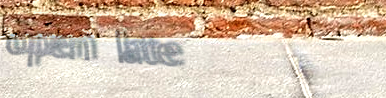
open late